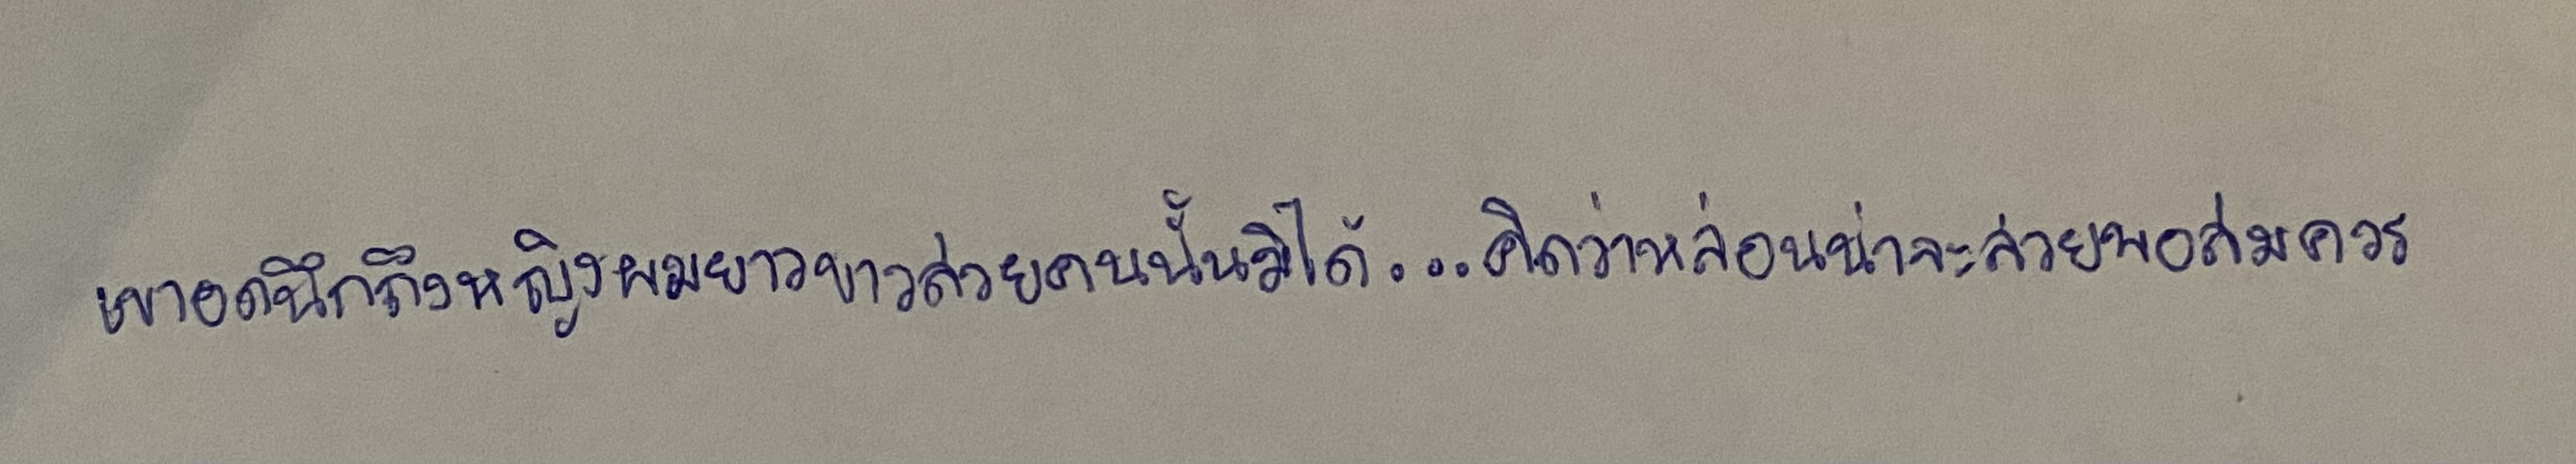
เขาอดนึกถึงหญิงผมยาวขาวสวยคนนั้นมิได้...คิดว่าหล่อนน่าจะสวยพอสมควร